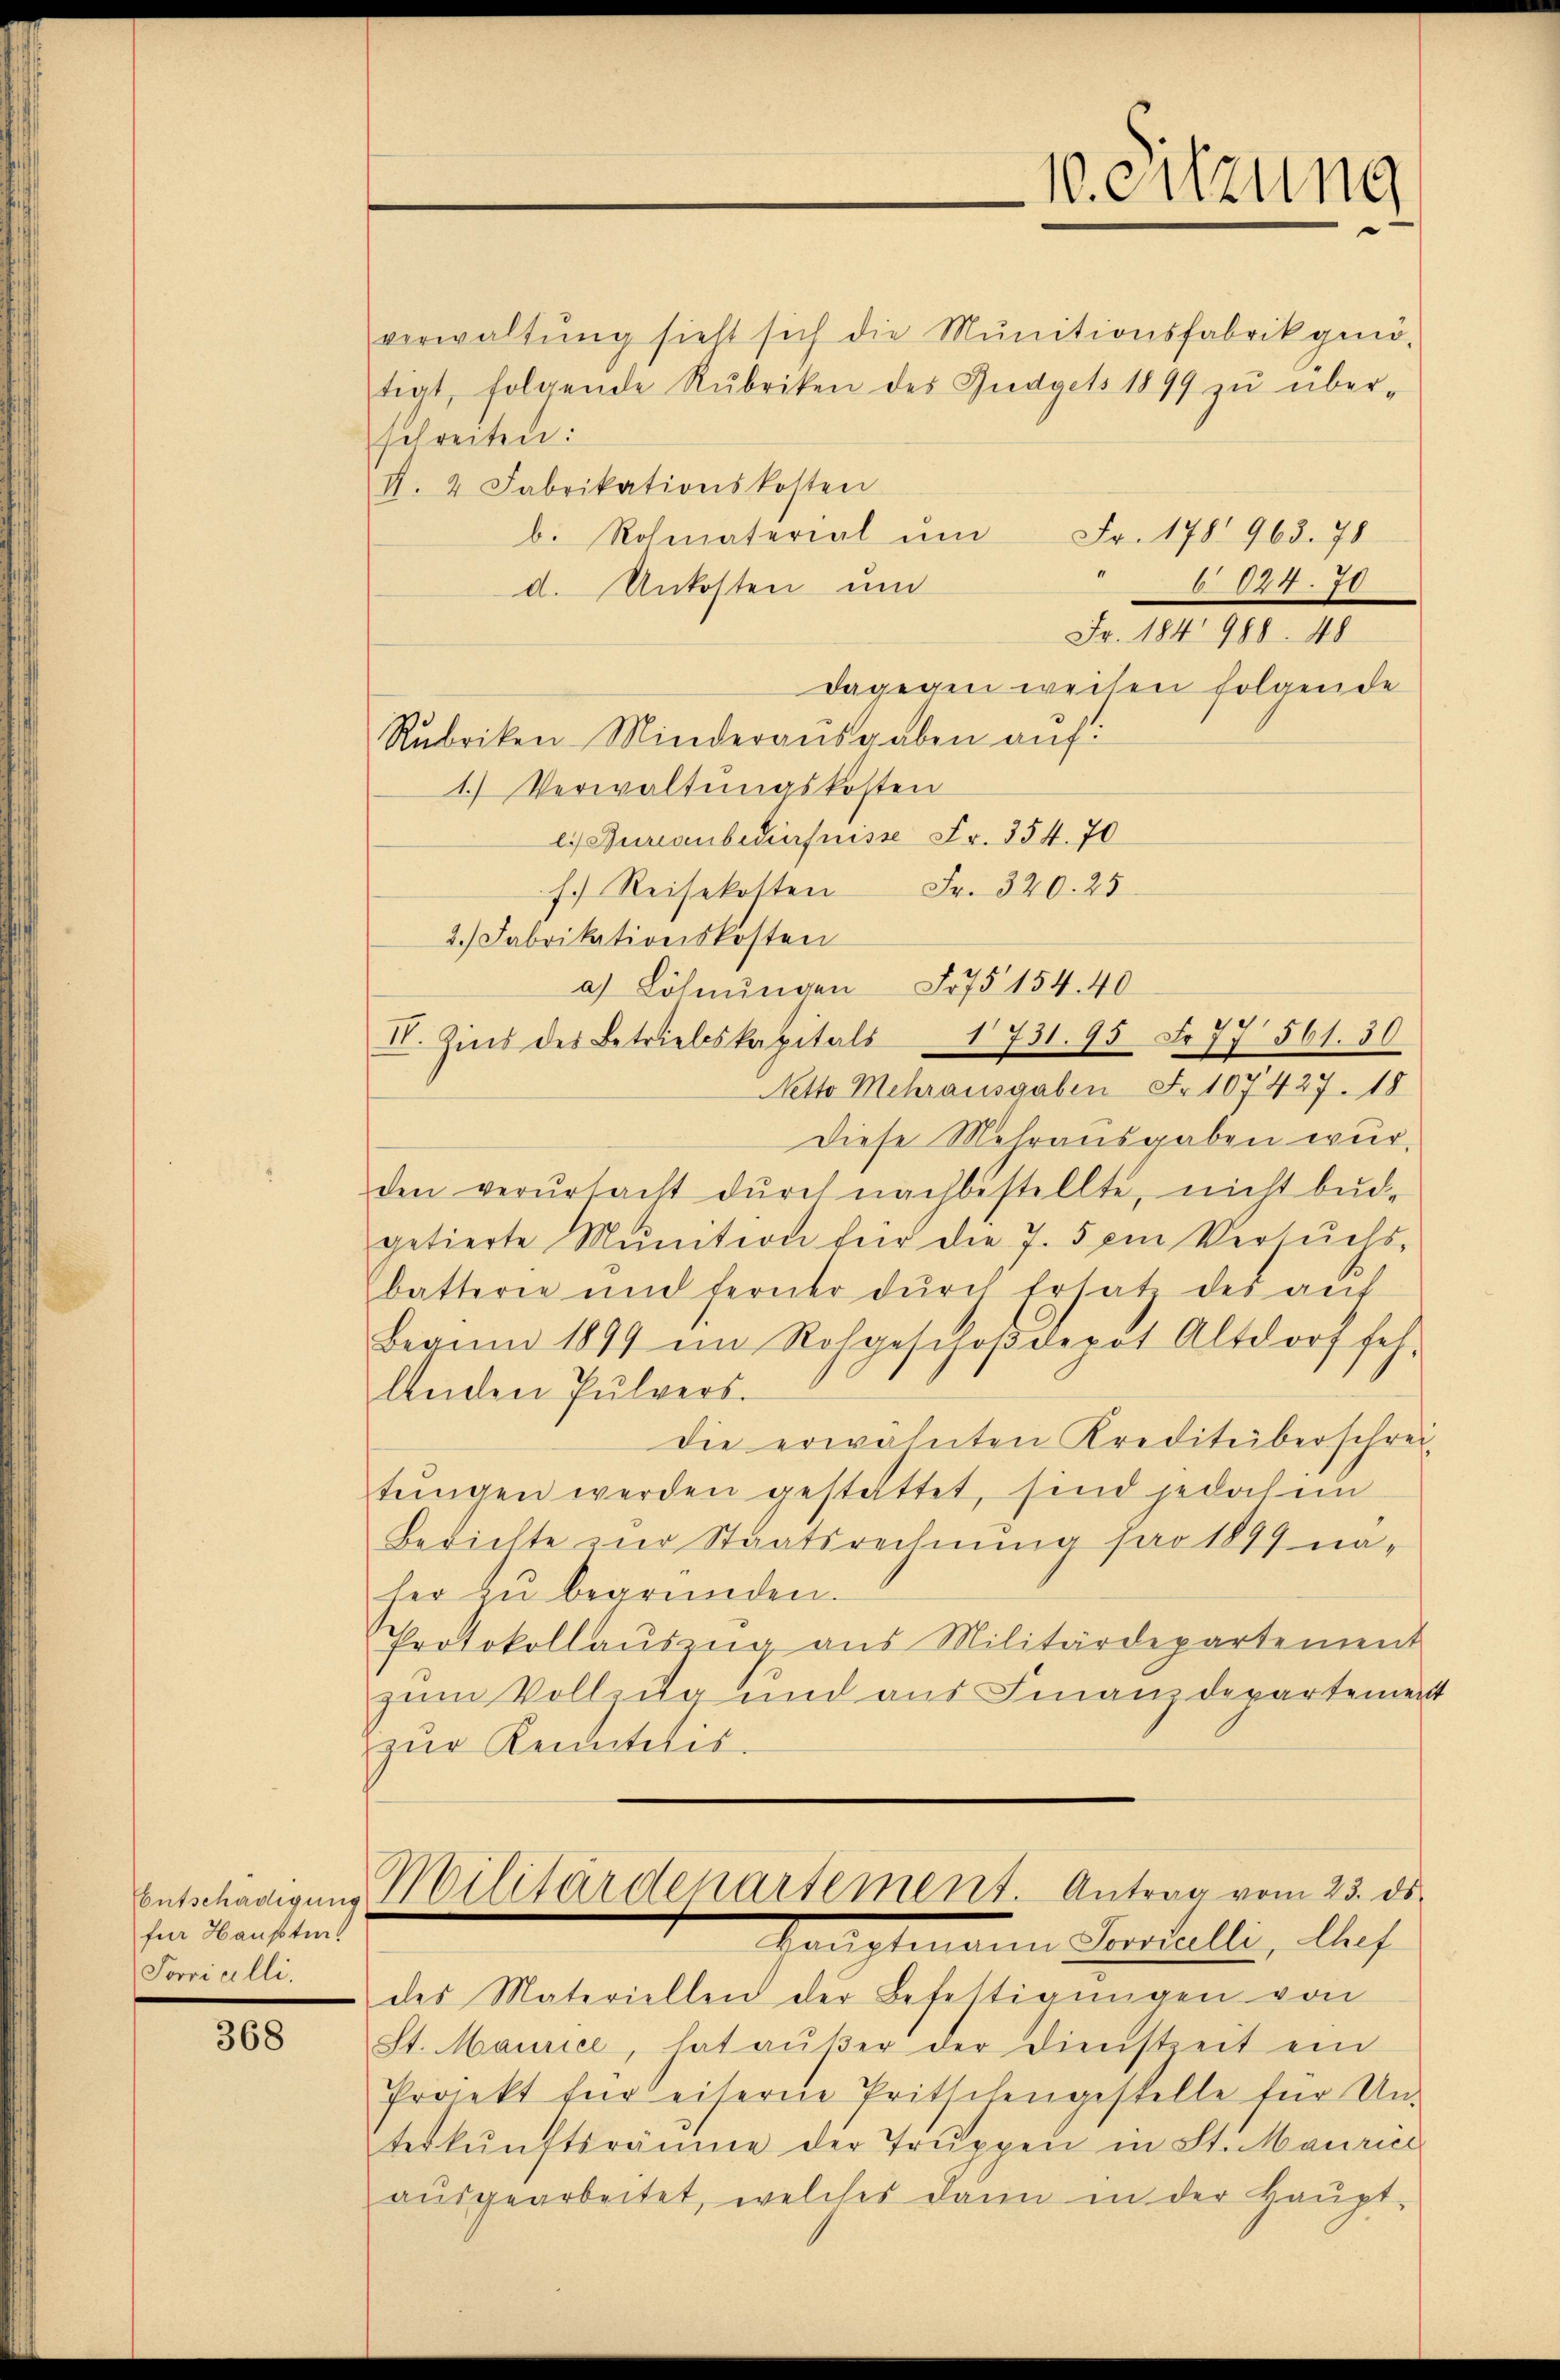
für Haupturs
Forvicilli.

368

schreiten:
d. 4 Fabrikationskosten
b. Rohmaterial um Fr. 178 963. 78
6 124. 70
d. Unkosten un
Fr. 184 988. 48
dagegen weisen folgende
Rubriken Minderausgaben auf:
1) Verwaltungskosten
l. Jurianbedürfnisse Fr. 354. 70
f. Reisekosten Fr. 320. 25
2.) Fabrikationskosten
a) Löhnŭngen Fr. 75 154. 40
II. Zins des Betriebskapitals 1731. 95 Fr. 77 561. 30
Netto Mehrausgaben Fr. 107427. 18
Diese Mehrausgaben wurden verŭrtacht durch nachbestellte, nicht bude
getierte Munition für die 7. 5 ein Versŭchs-
batterie und ferner dŭrch Ersatz des aŭf
Beginn 1899 im Rohgeschoβdepot Altdorf feh-
lenden Pulvers.
die erwähnten Krediteiberschrei-
tŭngen werden gestattet, sind jedoch in
Berichte zur Staatsrechnung pro 1849 na-
her zu begründen.
Protokollauszug aus Militärdepartement
zum Vollzug und aus Finanzdepartemen
zur Kenntnis.
Entschädigung Militärdepartement. Antrag vom 23. ds.
Hauptmann Pestalli, alleich
des Materiellen der Befestigŭngen von
St. Maurice, hat aŭβer der Dienstzeit ein
Projekt für eiserne Pritschengestelle für Un-
terkŭnftsräume der Trŭppen in St. Mauricl
aŭsgearbeitet, welches dann in der Haŭpt-

verwaltŭng sieht sich die Munitionsfabrik genö-
tigt, folgende Rubriken des Budgets 1899 zŭ über-

10. eitzung